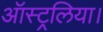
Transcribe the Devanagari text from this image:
ऑस्ट्रलिया।